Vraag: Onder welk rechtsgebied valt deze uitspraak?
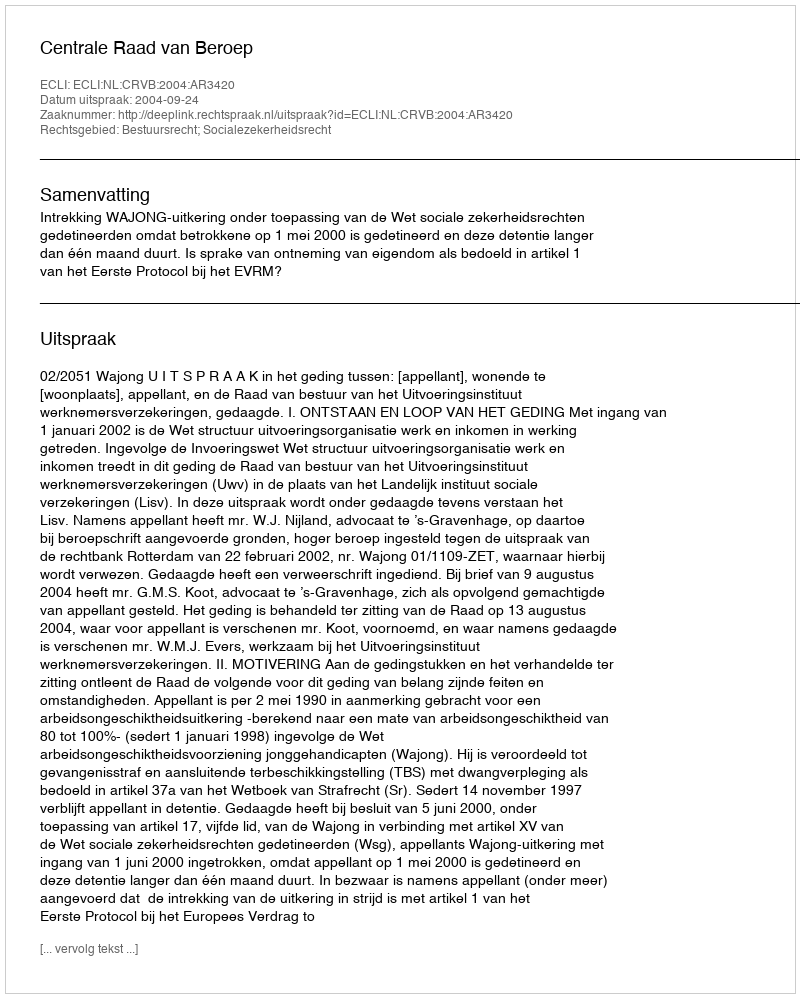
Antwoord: Bestuursrecht; Socialezekerheidsrecht